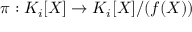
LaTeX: \pi : K _ { i } [ X ] \to K _ { i } [ X ] / ( f ( X ) )